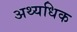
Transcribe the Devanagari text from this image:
अथ्यधिक